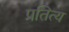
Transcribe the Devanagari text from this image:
प्रतित्य